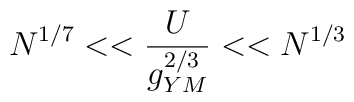
N^{1/7}<<\frac{U}{g_{YM}^{2/3}}<<N^{1/3}